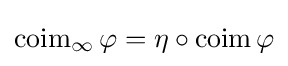
\operatorname {coim} _{\infty }\varphi =\eta \circ \operatorname {coim} \varphi